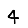
Digit: 4